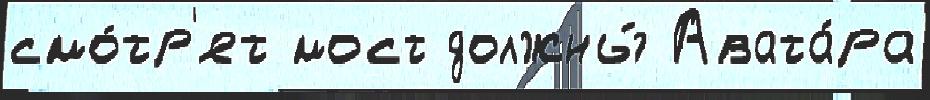
смо́тр'ят мост должны́ Авата́ра